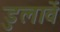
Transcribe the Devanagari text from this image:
डुलावें